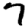
Digit: 7